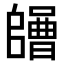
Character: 𡄌